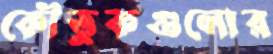
কৌতুকগুলোর